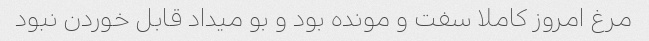
مرغ امروز کاملا سفت و مونده بود و بو میداد قابل خوردن نبود